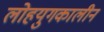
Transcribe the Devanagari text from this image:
लोहयुगकालीन